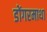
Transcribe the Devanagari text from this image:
डोंगरमाथा